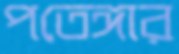
পতেঙ্গার